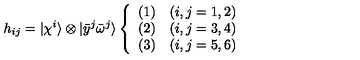
h _ { i j } = | \chi ^ { i } \rangle \otimes | { \bar { y } } ^ { j } { \bar { \omega } } ^ { j } \rangle \left\{ \begin{array} { l l } { ( 1 ) } & { ( i , j = 1 , 2 ) } \\ { ( 2 ) } & { ( i , j = 3 , 4 ) } \\ { ( 3 ) } & { ( i , j = 5 , 6 ) } \\ \end{array} \right.